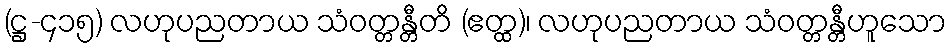
(ဋ္ဌ-၄၁၅) လဟုပညတာယ သံဝတ္တန္တီတိ (ဧတ္ထ)၊ လဟုပညတာယ သံဝတ္တန္တီဟူသော